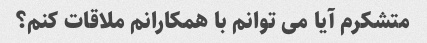
متشکرم آیا می توانم با همکارانم ملاقات کنم؟